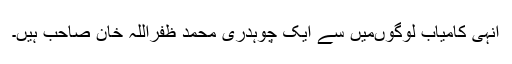
انہی کامیاب لوگوںمیں سے ایک چوہدری محمد ظفراللہ خان صاحب ہیں۔